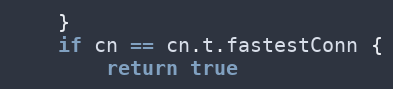
Language: Go
	}
	if cn == cn.t.fastestConn {
		return true